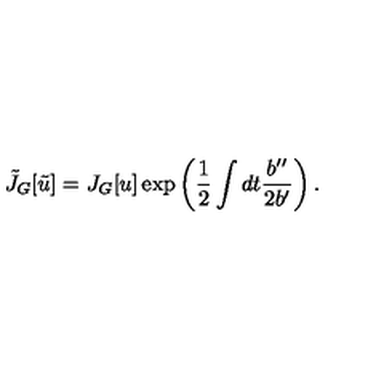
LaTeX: \tilde { J } _ { G } [ \tilde { u } ] = J _ { G } [ u ] \exp \left( \frac { 1 } { 2 } \int d t \frac { b ^ { \prime \prime } } { 2 b ^ { \prime } } \right) .